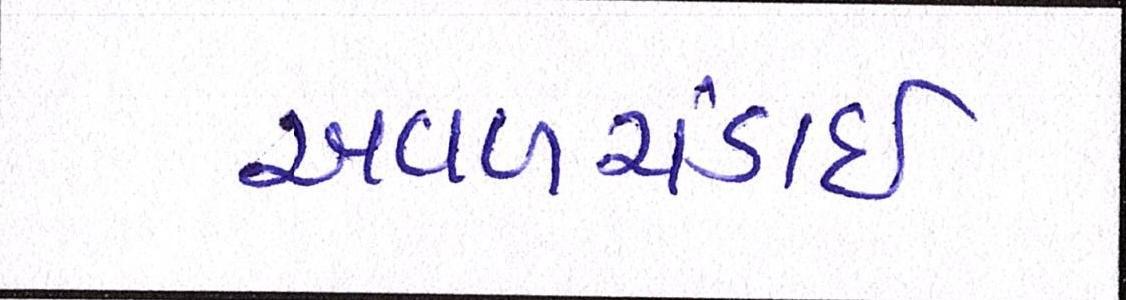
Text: અવળચંડાઇ